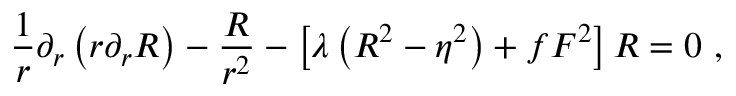
\frac 1 r \partial _ { r } \left( r \partial _ { r } R \right) - \frac R { r ^ { 2 } } - \left[ \lambda \left( R ^ { 2 } - \eta ^ { 2 } \right) + f F ^ { 2 } \right] R = 0 \, \, ,